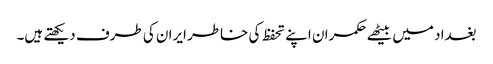
بغداد میں بیٹھے حکمران اپنے تحفظ کی خاطر ایران کی طرف دیکھتے ہیں۔